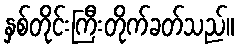
နှစ်တိုင်းကြီးတိုက်ခတ်သည်။